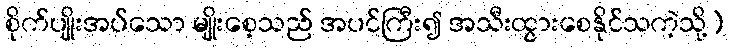
စိုက်ပျိုးအပ်သော မျိုးစေ့သည် အပင်ကြီး၍ အသီးထွားစေနိုင်သကဲ့သို့)